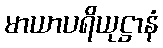
မာယာပရိယုဋ္ဌာနံ